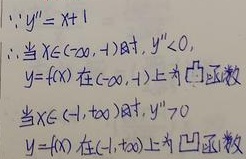
\(\because y'' = x + 1\)
\(\therefore\)当\(x\in(-\infty, -1)\)时，\(y''<0\)，
\(y = f(x)\)在\((-\infty, -1)\)上为凸函数
当\(x\in(-1, +\infty)\)时，\(y''>0\)
\(y = f(x)\)在\((-1, +\infty)\)上为凹函数